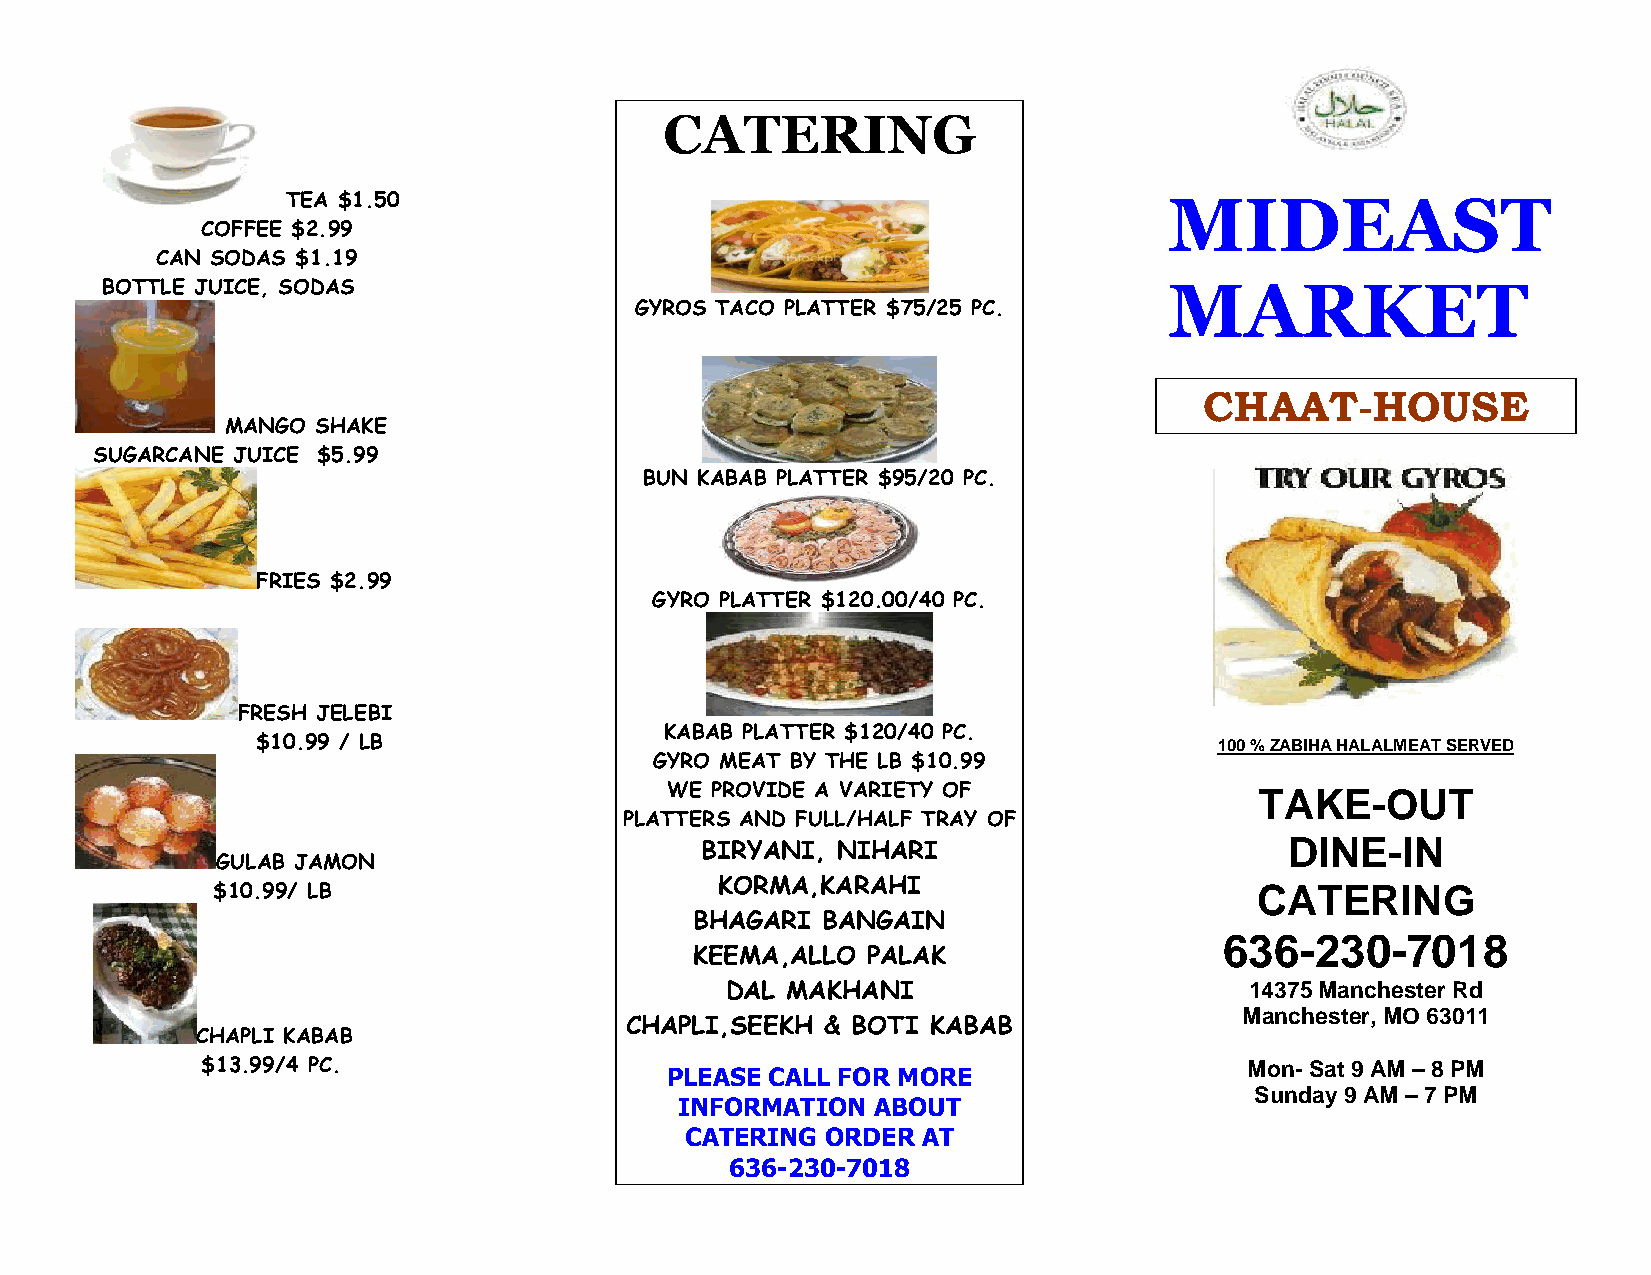
CATERING
 TEA $1.50                                                 MIDEAST
 COFFEE $2.99
 CAN SODAS $1.19
 BOTTLE JUICE, SODAS                                                   MARKET
 GYROS TACO PLATTER $75/25 PC.
 CHAAT-HOUSE
 MANGO SHAKE
 SUGARCANE JUICE $5.99
 BUN KABAB PLATTER $95/20 PC.
 FRIES $2.99
 GYRO PLATTER $120.00/40 PC.
 FRESH JELEBI
 KABAB PLATTER $120/40 PC.
 $10.99 / LB                                                     100 % ZABIHA HALALMEAT SERVED
 GYRO MEAT BY THE LB $10.99
 WE PROVIDE A VARIETY OF                TAKE-OUT
 PLATTERS AND FULL/HALF TRAY OF
 DINE-IN
 BIRYANI, NIHARI
 GULAB JAMON
 $10.99/ LB                       KORMA,KARAHI                        CATERING
 BHAGARI BANGAIN
 636-230-7018
 KEEMA,ALLO PALAK
 DAL MAKHANI                        14375 Manchester Rd
 Manchester, MO 63011
 CHAPLI,SEEKH  & BOTI KABAB
 CHAPLI KABAB
 $13.99/4 PC.                                                          Mon- Sat 9 AM – 8 PM
 PLEASE CALL FOR MORE
 Sunday 9 AM – 7 PM
 INFORMATION  ABOUT
 CATERING  ORDER AT
 636-230-7018